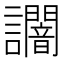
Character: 𧮍